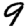
Digit: 9